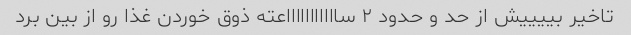
تاخیر بییییش از حد و حدود ۲ ساااااااااااعته ذوق خوردن غذا رو از بین برد